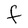
Character: F